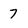
Character: 7